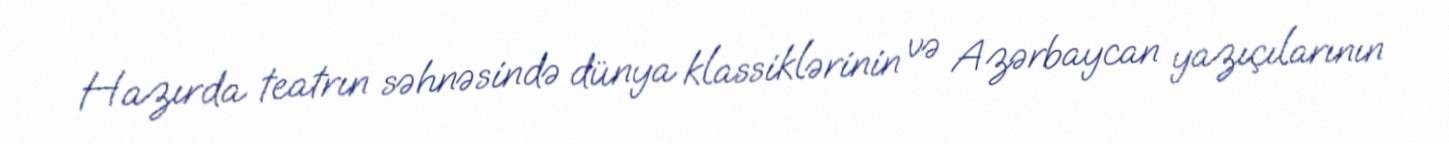
Hazırda teatrın səhnəsində dünya klassiklərinin və Azərbaycan yazıçılarının